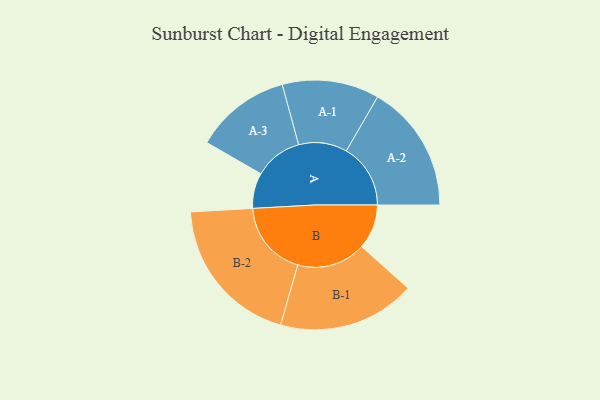
{"axis": {"x": "Segment", "y": "Value"}, "legend": ["", "A", "B"], "data": [{"x": "A", "y": 131, "type": ""}, {"x": "B", "y": 165, "type": ""}, {"x": "A-1", "y": 179, "type": "A"}, {"x": "A-2", "y": 237, "type": "A"}, {"x": "A-3", "y": 177, "type": "A"}, {"x": "B-1", "y": 254, "type": "B"}, {"x": "B-2", "y": 280, "type": "B"}]}